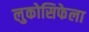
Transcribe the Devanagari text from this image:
लुकोसिफेला